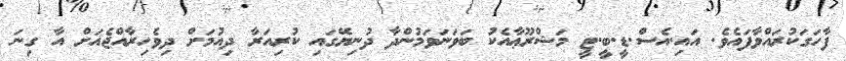
ފާހަގަކުރައްވާފައެވެ. އައި.އެސް.ޑީ.ބީ.ޓީ މަޝްރޫޢާއެކު ބަވަނަވަމުންދާ ދުނިޔޭގައި ކުރިއަރާ ދިއުމަށް ދިވެހިރާއްޖެއަށް އާ ގިނަ